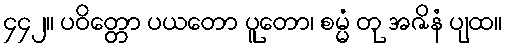
၄၄၂။ ပဝိတ္တော ပယတော ပူတော၊ စမ္မံ တု အဇိနံ ပျထ။